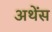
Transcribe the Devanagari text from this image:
अथेंस